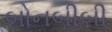
બોનબીબી